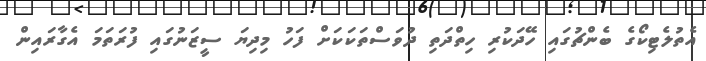
އެތުލެޓިކޯގެ ބެންޗުގައި ހޭދަކުރި ހިތްދަތި ދުވަސްތަކަކަށް ފަހު މިދިޔަ ސީޒަނުގައި ފުރަތަމަ އެގާރައިން